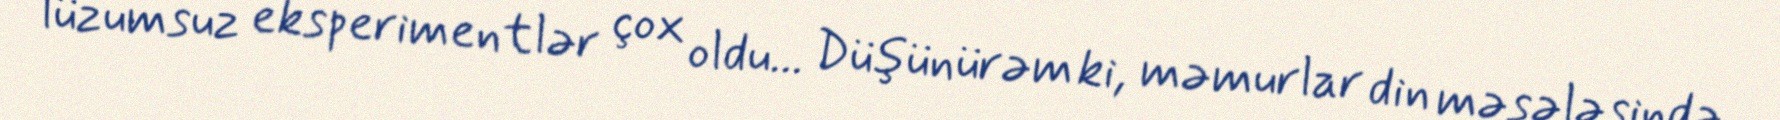
lüzumsuz eksperimentlər çox oldu... Düşünürəm ki, məmurlar din məsələsində